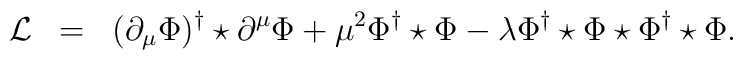
\begin{array}{rcl}{\cal L}&=&\displaystyle(\partial_{\mu}\Phi)^{\dagger}\star\partial^{\mu}\Phi+\mu^2\Phi^{\dagger}\star\Phi-\lambda\Phi^{\dagger}\star\Phi\star\Phi^{\dagger}\star\Phi.\end{array}